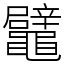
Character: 鼊